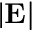
| \bf E |